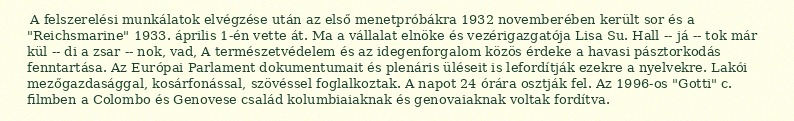
A felszerelési munkálatok elvégzése után az első menetpróbákra 1932 novemberében került sor és a "Reichsmarine" 1933. április 1-én vette át. Ma a vállalat elnöke és vezérigazgatója Lisa Su. Hall -- já -- tok már kül -- di a zsar -- nok, vad, A természetvédelem és az idegenforgalom közös érdeke a havasi pásztorkodás fenntartása. Az Európai Parlament dokumentumait és plenáris üléseit is lefordítják ezekre a nyelvekre. Lakói mezőgazdasággal, kosárfonással, szövéssel foglalkoztak. A napot 24 órára osztják fel. Az 1996-os "Gotti" c. filmben a Colombo és Genovese család kolumbiaiaknak és genovaiaknak voltak fordítva.